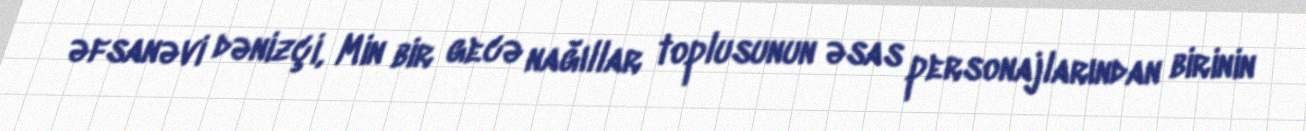
əfsanəvi dənizçi, Min bir gecə nağıllar toplusunun əsas personajlarından birinin